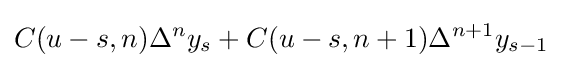
C(u-s,n)\Delta ^{n}y_{s}+C(u-s,n+1)\Delta ^{n+1}y_{s-1}